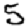
Digit: 5